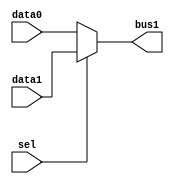
`timescale 1ns / 1ps
//////////////////////////////////////////////////////////////////////////////////
// Company: 
// Engineer: 
// 
// Design Name: 
// Module Name: Mux8
// Project Name: 
// Target Devices: 
// Tool Versions: 
// Description: 
// 
// Dependencies: 
// 
// Revision:
// Revision 0.01 - File Created
// Additional Comments:
// 
//////////////////////////////////////////////////////////////////////////////////


module Mux8(
    input wire sel,
    input wire [7:0] data0,
    input wire [7:0] data1,
    output wire [7:0] bus1
    );
    assign bus1 = sel?data1:data0;
endmodule